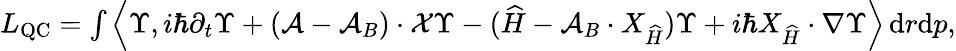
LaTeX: \begin{array}{r}{L_{\operatorname{QC}}=\int\left\langle\Upsilon,i\hbar\partial_{t}\Upsilon+(\mathcal{A}-\mathcal{A}_{B})\cdot\mathcal{X}\Upsilon-({\widehat{H}}-\mathcal{A}_{B}\cdot{{X}}_{\widehat{H}})\Upsilon+i\hbar{{X}}_{\widehat{H}}\cdot\nabla\Upsilon\right\rangle\, {\mathrm{d}}r{\mathrm{d}}p,}\end{array}